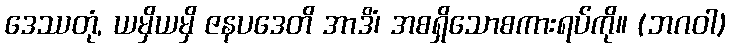
ဒေဿတုံ, ယမှိယမှိ ဇနပဒေတိ အာဒိံ၊ အစရှိသောစကားရပ်ကို။ (ဘဂဝါ)